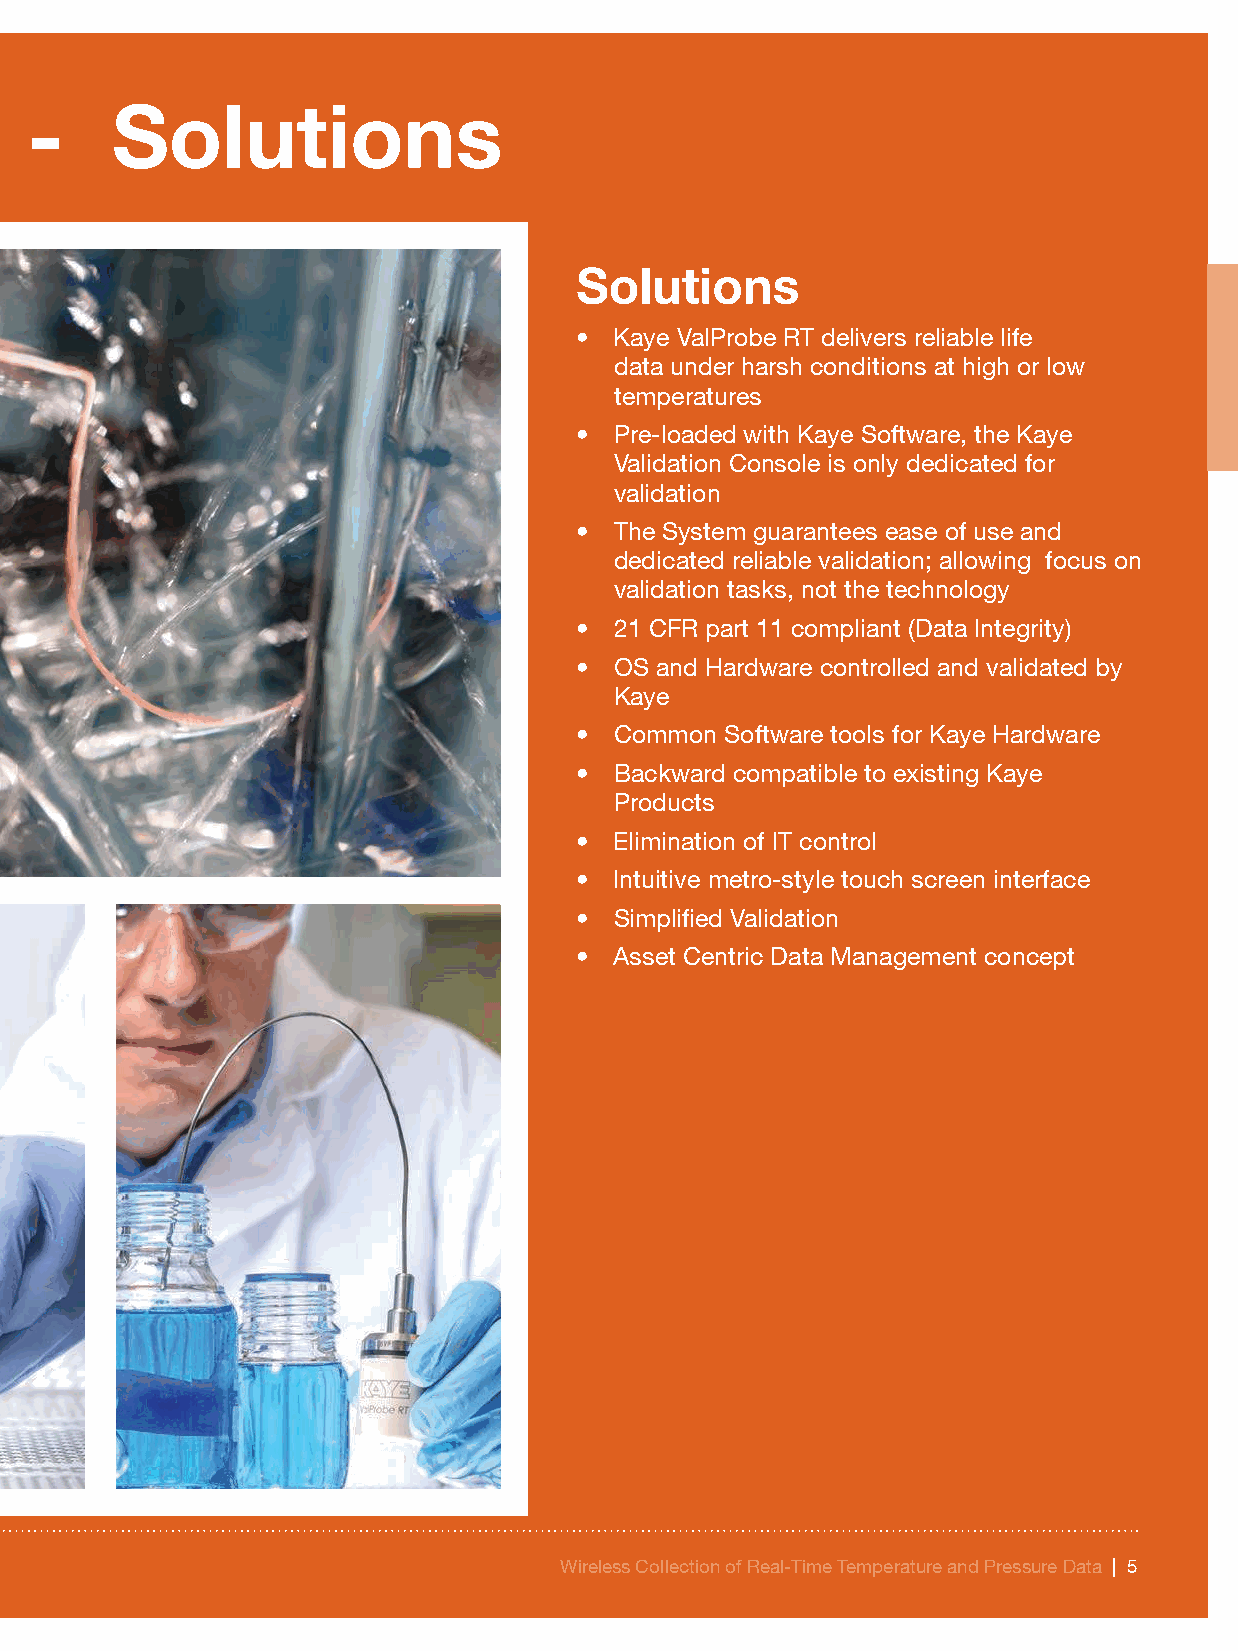
Applications - Challenges - Solutions
 Solutions
 •  Kaye ValProbe RT delivers reliable life
 data under harsh conditions at high or low
 temperatures
 •  Pre-loaded with Kaye Software, the Kaye
 Validation Console is only dedicated for
 validation
 •  The System guarantees ease of use and
 dedicated reliable validation; allowing focus on
 validation tasks, not the technology
 •  21 CFR part 11 compliant (Data Integrity)
 •  OS and Hardware controlled and validated by
 Kaye
 •  Common Software tools for Kaye Hardware
 •  Backward compatible to existing Kaye
 Products
 •  Elimination of IT control
 •  Intuitive metro-style touch screen interface
 •  Simplified Validation
 •  Asset Centric Data Management concept
 Wireless Collection of Real-Time Temperature and Pressure Data | 5